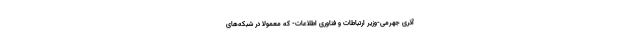
آذری جهرمی-وزیر ارتباطات و فناوری اطلاعات- که معمولا در شبکه‌های